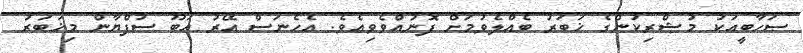
ޞަހާބީއަކު މުޝްރިކުންގެ ޚަބަރު ބެއްލެވުމަށް ފޮނުއްވެވިއެވެ. އެހެނަސް އޭރު އަބޫ ސުފްޔާން މިޚަބަރު